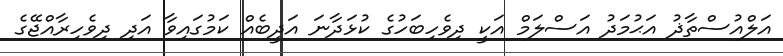
އަލްއުސްތާޛު އަޙުމަދު އަސްލަމް އަކީ ދިވެހިބަހުގެ ކުޅަދާނަ އަދީބެއް ކަމުގައިވާ އަދި ދިވެހިރާއްޖޭގެ